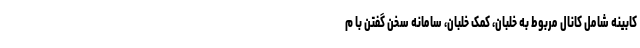
کابینه شامل کانال مربوط به خلبان، کمک خلبان، سامانه سخن گفتن با م